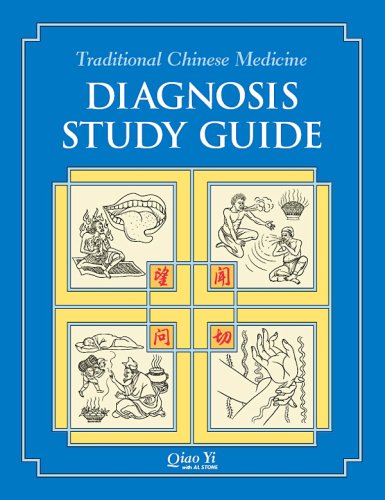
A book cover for Traditional Chinese Medicine Diagnosis Study Guide; Qiao Yi; Health, Fitness & Dieting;